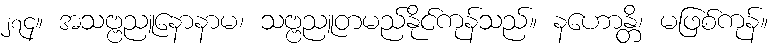
၂၇၄။ အသဗ္ဗညူနောနာမ၊ သဗ္ဗညူတမည်နိုင်ကုန်သည်။ နဟောန္တိ၊ မဖြစ်ကုန်။